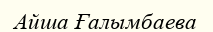
Айша Ғалымбаева